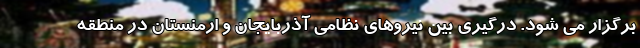
برگزار می شود. درگیری بین نیروهای نظامی آذربایجان و ارمنستان در منطقه